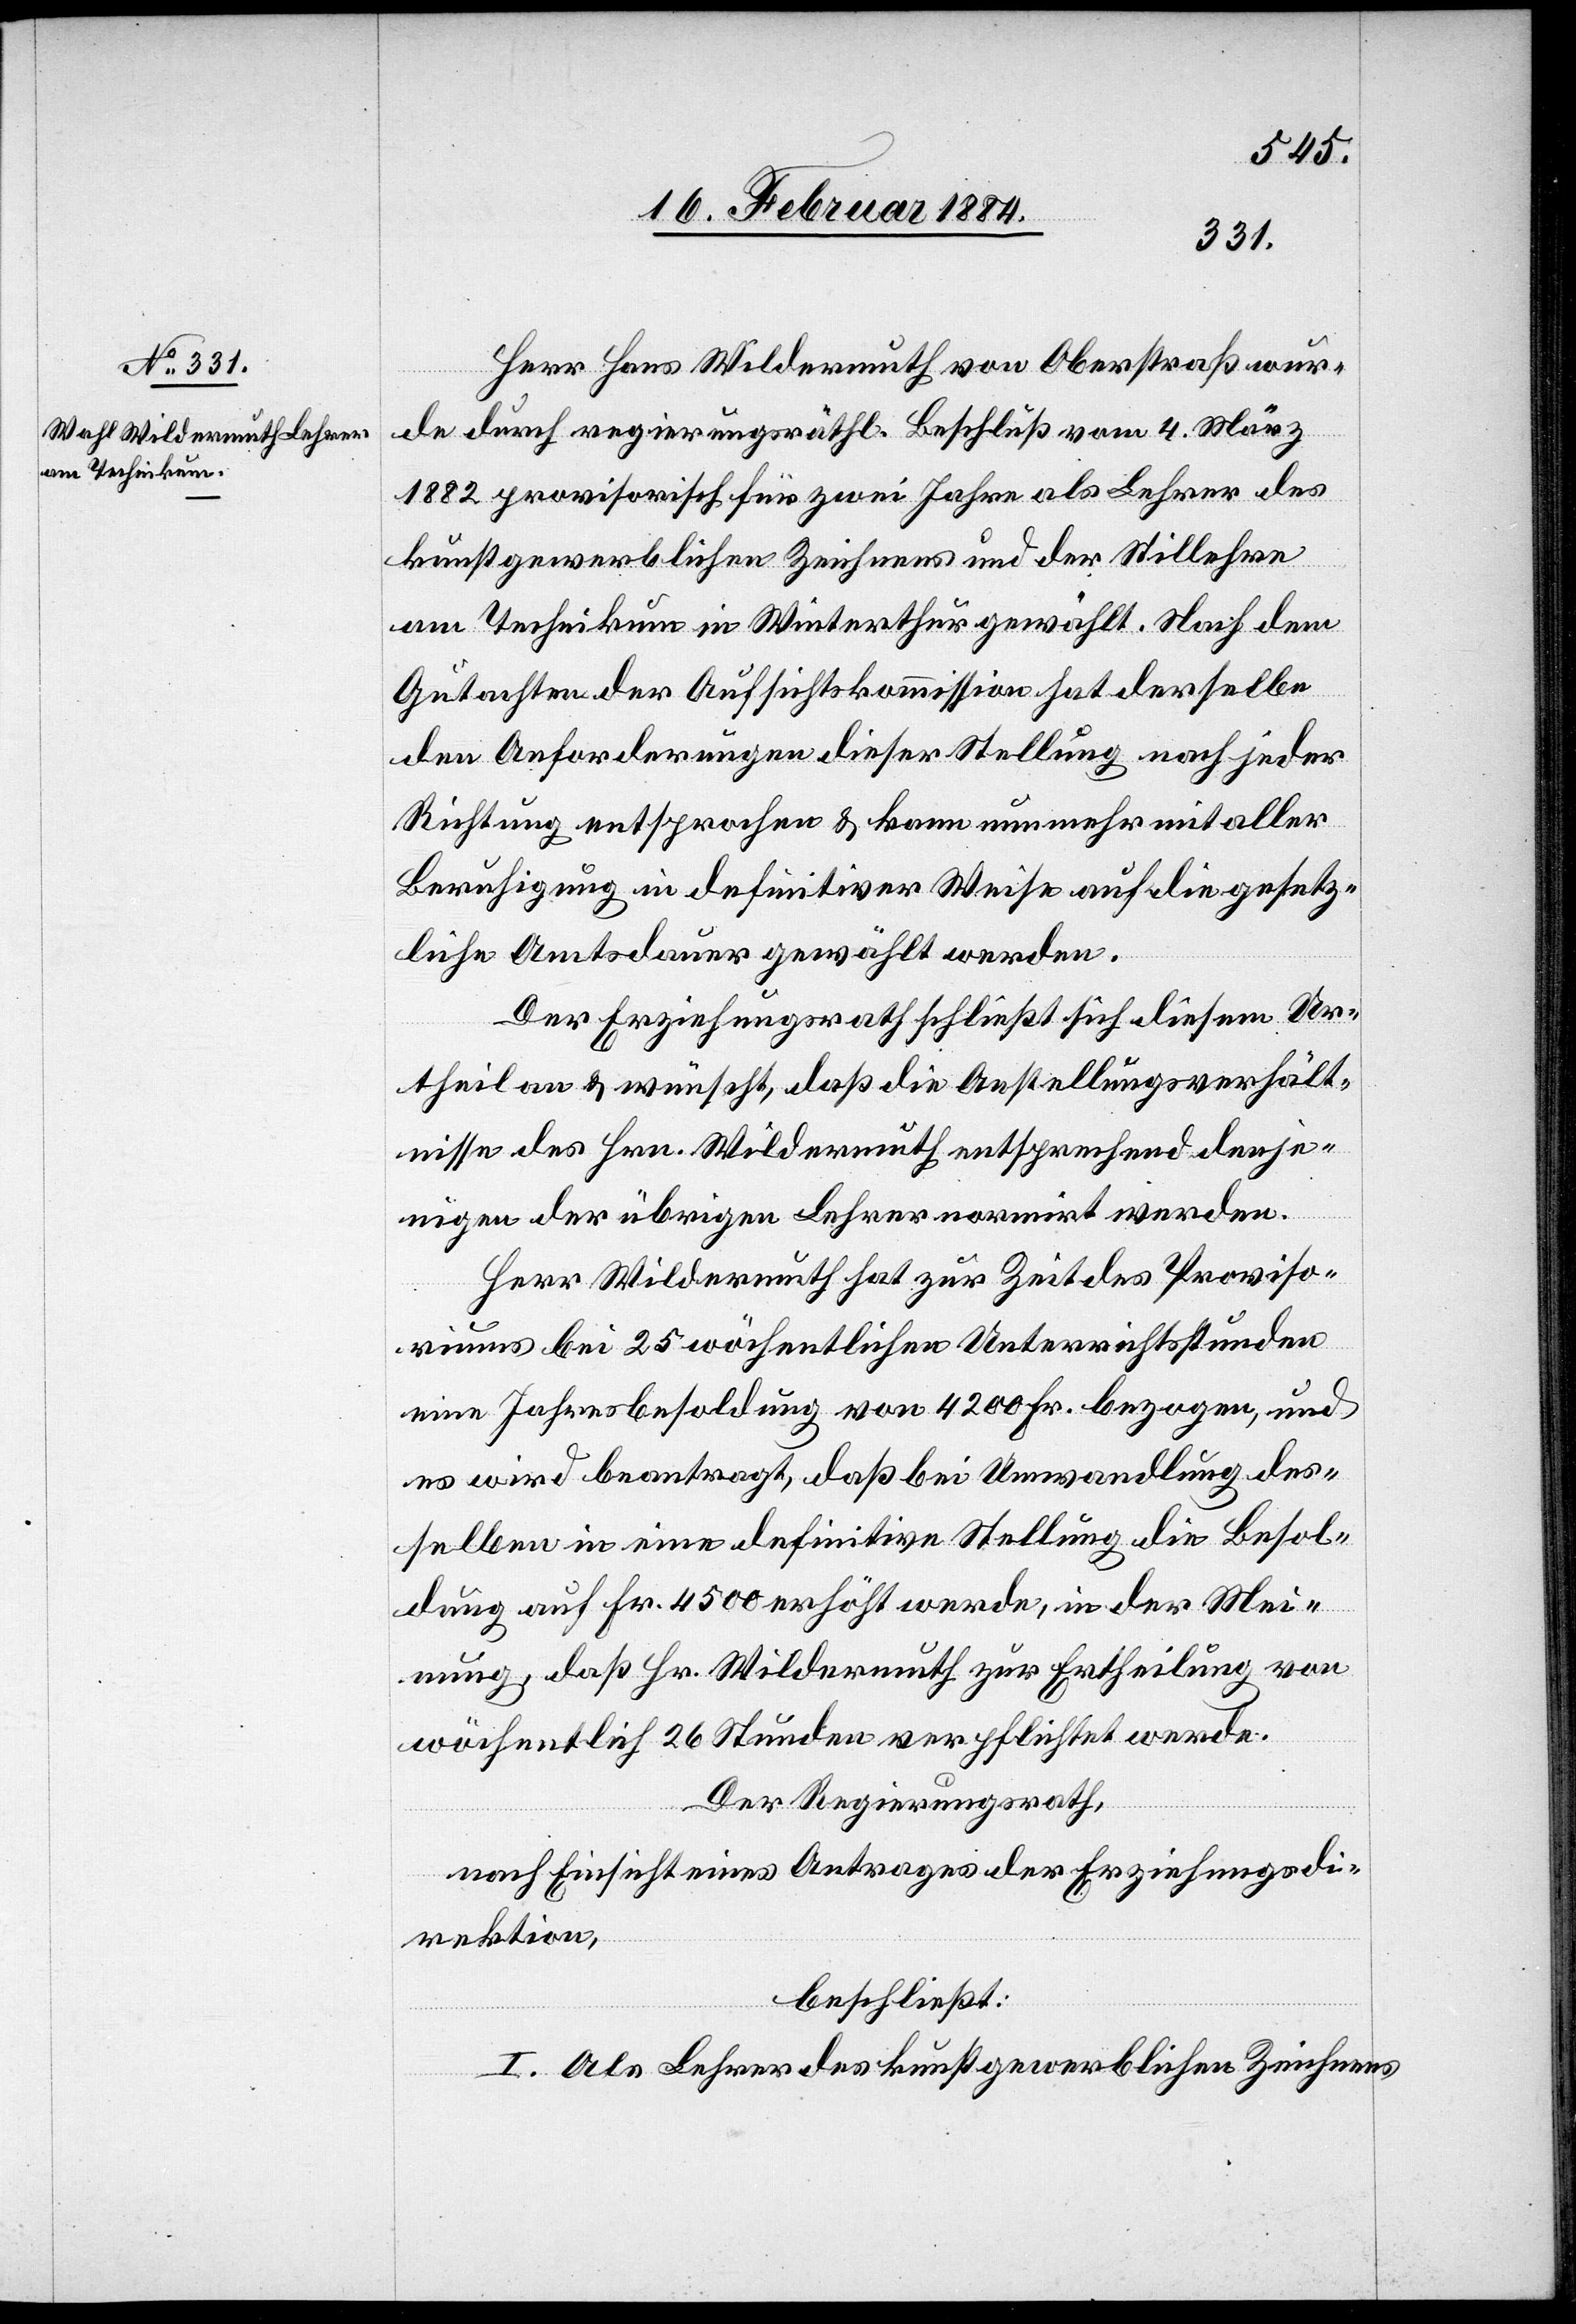
Herr Hans Wildermuth von Oberstraß wur¬
de durch regierungsräthl. Beschluß vom 4. März
1882 provisorisch für zwei Jahre als Lehrer des
kunstgewerblichen Zeichnens und der Stillehre
am Technikum in Winterthur gewählt. Nach dem
Gutachten der Aufsichtskommission hat derselbe
den Anforderungen dieser Stellung nach jeder
Richtung entsprochen & kann nunmehr mit aller
Beruhigung in definitiver Weise auf die gesetz¬
liche Amtsdauer gewählt werden.
Der Erziehungsrath schließt sich diesem Ur¬
theil an & wünscht, daß die Anstellungsverhält¬
nisse des Hrn. Wildermuth entsprechend denje¬
nigen der übrigen Lehrer normirt werden.
Herr Wildermuth hat zur Zeit des Proviso¬
riums bei 25 wöchentlichen Unterrichtsstunden
eine Jahresbesoldung von 4200 Fr. bezogen, und
es wird beantragt, daß bei Umwandlung des¬
selben in eine definitive Stellung die Besol¬
dung auf Fr. 4500 erhöht werde, in der Mei¬
nung, daß Hr. Wildermuth zur Ertheilung von
wöchentlich 26 Stunden verpflichtet werde.
Der Regierungsrath,
nach Einsicht eines Antrages der Erziehungsdi¬
rektion,
beschließt:
I. Als Lehrer des kunstgewerblichen Zeichnens